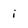
Character: i